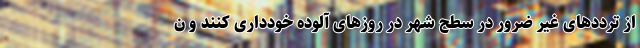
از تردد‌های غیر ضرور در سطح شهر در روز‌های آلوده خودداری کنند و ن